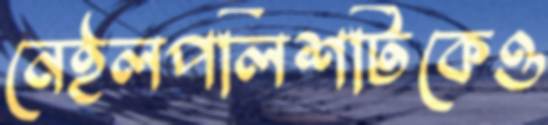
নেইলপলিশটিকেও